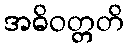
အဓိဝတ္တတိ